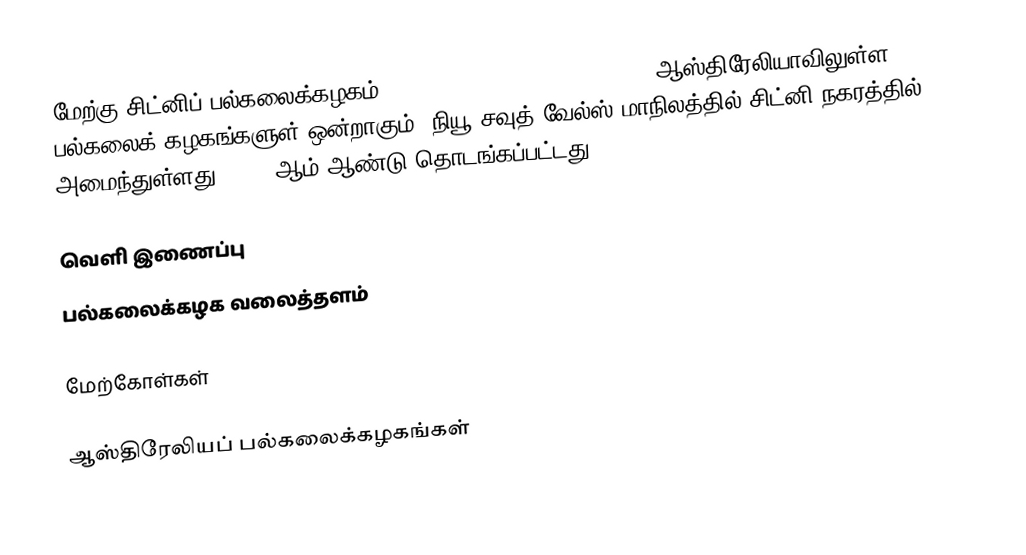
மேற்கு சிட்னிப் பல்கலைக்கழகம் (University of Western Sydney) ஆஸ்திரேலியாவிலுள்ள பல்கலைக் கழகங்களுள் ஒன்றாகும். நியூ சவுத் வேல்ஸ் மாநிலத்தில் சிட்னி நகரத்தில் அமைந்துள்ளது. 1989 ஆம் ஆண்டு தொடங்கப்பட்டது.

வெளி இணைப்பு
 பல்கலைக்கழக வலைத்தளம்

மேற்கோள்கள்

ஆஸ்திரேலியப் பல்கலைக்கழகங்கள்